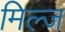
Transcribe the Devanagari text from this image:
मिल्ज